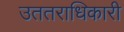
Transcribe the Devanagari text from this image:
उततराधिकारी